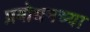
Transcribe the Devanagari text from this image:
प्रबोधनच्या